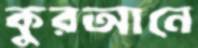
কুরআনে